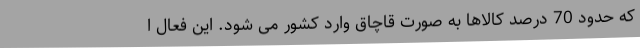
که حدود 70 درصد کالاها به صورت قاچاق وارد کشور می شود. این فعال ا